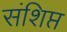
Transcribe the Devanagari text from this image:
संशिप्त